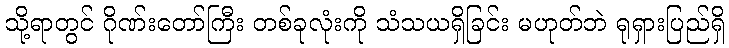
သို့ရာတွင် ဂိုဏ်းတော်ကြီး တစ်ခုလုံးကို သံသယရှိခြင်း မဟုတ်ဘဲ ရုရှားပြည်ရှိ